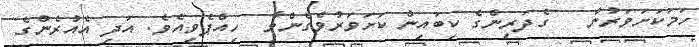
ހަމަކަށަވަރުން   ގެދަރިންގެ ކިބައިން ކަށަވަރުވެގެންވާ  ހިއްޕެވިއެވެ. އަދި އެއުރެންގެ